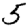
Digit: 5